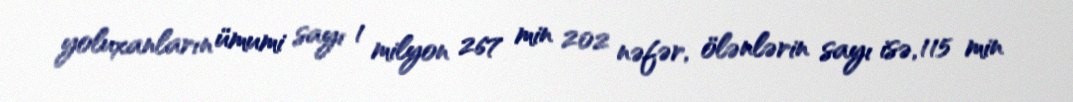
yoluxanların ümumi sayı 1 milyon 267 min 202 nəfər, ölənlərin sayı isə, 115 min